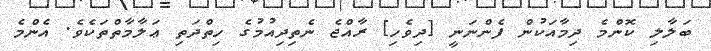
ބަލާލި ކޮންމެ ދިމާއަކުން ފެންނަނީ [ދިވެހި] ރާއްޖެ ނެތިދިއުމުގެ ހިތްދަތި ޢަލާމާތްތަކެވެ. އެންމެ